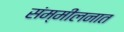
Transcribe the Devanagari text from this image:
संम्मीलनात